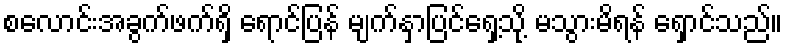
စလောင်းအခွက်ဖက်ရှိ ရောင်ပြန် မျက်နှာပြင်ရှေ့သို့ မသွားမိရန် ရှောင်သည်။